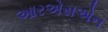
આરએસએન